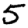
Digit: 5